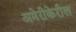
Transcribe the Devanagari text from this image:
अमेरीकेरील